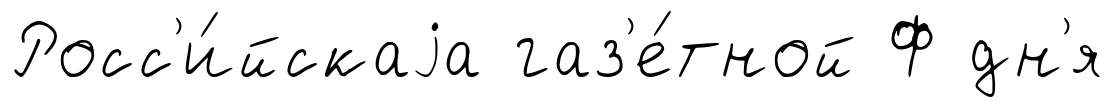
Росс'и́йскаjа газ'е́тной Ф дн'я